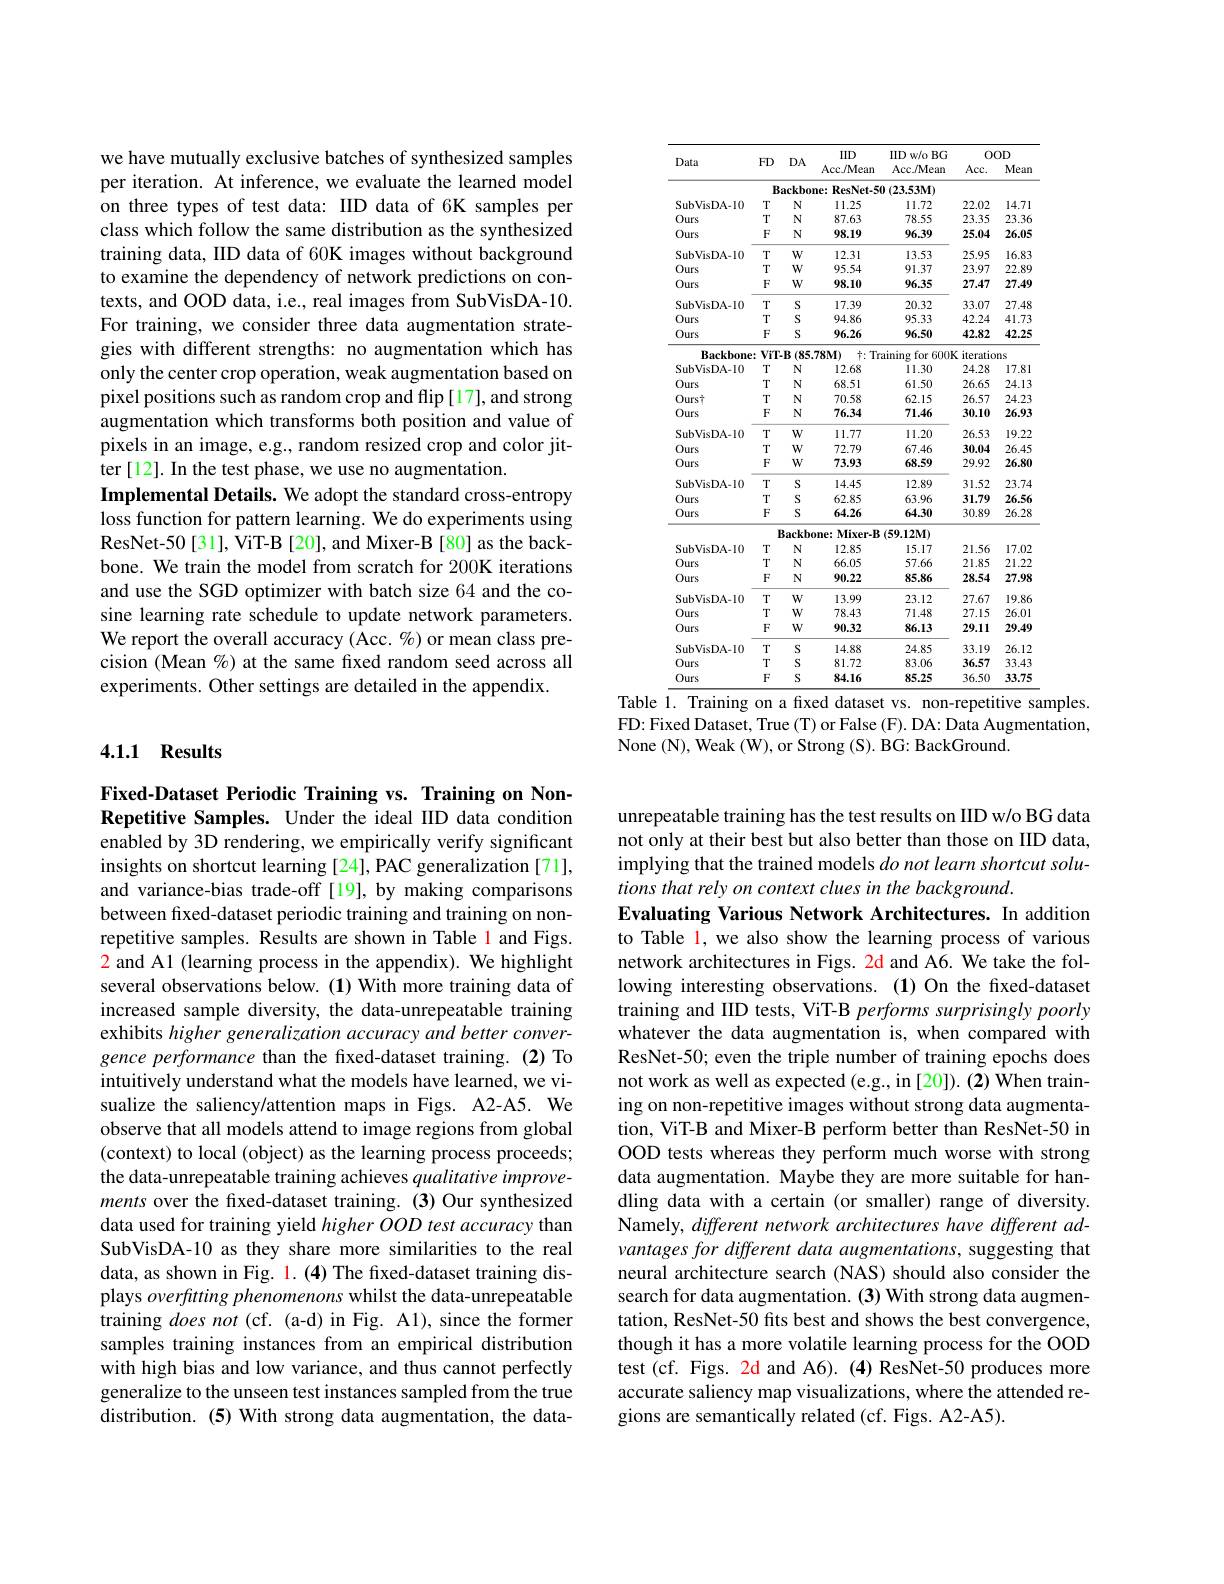
we have mutually exclusive batches of synthesized samples per iteration. At inference, we evaluate the learned model on three types of test data: IID data of 6K samples per class which follow the same distribution as the synthesized training data, IID data of 60K images without background to examine the dependency of network predictions on contexts, and OOD data, i.e., real images from SubVisDA-10. For training, we consider three data augmentation strategies with different strengths: no augmentation which has only the center crop operation, weak augmentation based on pixel positions such as random crop and flip [17], and strong augmentation which transforms both position and value of pixels in an image, e.g., random resized crop and color jitter [12]. In the test phase, we use no augmentation.
Implemental Details. We adopt the standard cross-entropy loss function for pattern learning. We do experiments using ResNet-50[31], ViT-B[20], and Mixer-B[80] as the backbone. We train the model from scratch for 200K iterations and use the SGD optimizer with batch size 64 and the cosine learning rate schedule to update network parameters. We report the overall accuracy (Acc. %) or mean class precision (Mean %) at the same fixed random seed across all experiments. Other settings are detailed in the appendix.

## 4.1.1 Results

Fixed-Dataset Periodic Training vs. Training on NonRepetitive Samples. Under the ideal IID data condition enabled by 3D rendering, we empirically verify significant insights on shortcut learning [24], PAC generalization [71], and variance-bias trade-off [19], by making comparisons between fixed-dataset periodic training and training on nonrepetitive samples. Results are shown in Table l and Figs. 2 and A1 (learning process in the appendix). We highlight several observations below. (1) With more training data of increased sample diversity, the data-unrepeatable training exhibits higher generalization accuracy and better convergence performance than the fixed-dataset training.(2) To intuitively understand what the models have learned, we visualize the saliency/attention maps in Figs. A2-A5. We observe that all models attend to image regions from global (context) to local (object) as the learning process proceeds; the data-unrepeatable training achieves qualitative improvements over the fixed-dataset training.(3)Our synthesized data used for training yield higher OOD test accuracy than SubVisDA-10 as they share more similarities to the real data, as shown in Fig. $\color{red}1.(4)$ The fixed-dataset training displays overftting phenomenons whilst the data-unrepeatable training does not (cf. (a-d) in Fig. A1), since the former samples training instances from an empirical distribution with high bias and low variance, and thus cannot perfectly generalize to the unseen test instances sampled from the true distribution. (5) With strong data augmentation, the data-

<table>
	<tbody>
		<tr>
			<th rowspan="2">Data</th>
			<th rowspan="2">$FD$</th>
			<th rowspan="2">$DA$</th>
			<th rowspan="2">IID Acc/Mean</th>
			<th rowspan="2">$IID$ w/o BG Acc $J$Mean</th>
			<th colspan="2">$00D$</th>
		</tr>
		<tr>
			<th>$Acc.$</th>
			<th>Mean</th>
		</tr>
		<tr>
			<td> </td>
			<td>B</td>
			<td>ackbo</td>
			<td>ne: $ResNet-5$</td>
			<td>$)\left(23.53\mathbf{M}\right)$</td>
			<td> </td>
			<td> </td>
		</tr>
		<tr>
			<td>SubVisDA-10</td>
			<td>$T$</td>
			<td>N</td>
			<td>11.25</td>
			<td>11.72</td>
			<td>22.02</td>
			<td>14.71</td>
		</tr>
		<tr>
			<td>Ours</td>
			<td>$T$</td>
			<td>N</td>
			<td>87.63</td>
			<td>78.55</td>
			<td>23.35</td>
			<td>23.36</td>
		</tr>
		<tr>
			<td>Ours</td>
			<td>$F$</td>
			<td>N</td>
			<td>98.19</td>
			<td>96.39</td>
			<td>25.04</td>
			<td>26.05</td>
		</tr>
		<tr>
			<td>SubVisDA-10</td>
			<td>$T$</td>
			<td>$W$</td>
			<td>12.31</td>
			<td>13.53</td>
			<td>25.95</td>
			<td>16.83</td>
		</tr>
		<tr>
			<td>Ours</td>
			<td>$T$</td>
			<td>$W$</td>
			<td>95.54</td>
			<td>91.37</td>
			<td>23.97</td>
			<td>22.89</td>
		</tr>
		<tr>
			<td>Ours</td>
			<td>$F$</td>
			<td>$W$</td>
			<td>98.10</td>
			<td>96.35</td>
			<td>27.47</td>
			<td>27.49</td>
		</tr>
		<tr>
			<td>SubVisDA-10</td>
			<td>$T$</td>
			<td>S</td>
			<td>17.39</td>
			<td>20.32</td>
			<td>33.07</td>
			<td>27.48</td>
		</tr>
		<tr>
			<td>Ours</td>
			<td>$T$</td>
			<td>S</td>
			<td>94.86</td>
			<td>95.33</td>
			<td>42.24</td>
			<td>41.73</td>
		</tr>
		<tr>
			<td>Ours</td>
			<td>$F$</td>
			<td>S</td>
			<td>96.26</td>
			<td>96.50</td>
			<td>42.82</td>
			<td>42.25</td>
		</tr>
		<tr>
			<td>Backbone</td>
			<td>ViTF</td>
			<td>B :(85</td>
			<td>$78M)$ $\dagger:$Tr</td>
			<td>aining for $600F$</td>
			<td>iteratio</td>
			<td>ns</td>
		</tr>
		<tr>
			<td>SubVisDA-10</td>
			<td>$T$</td>
			<td>N</td>
			<td>12.68</td>
			<td>11.30</td>
			<td>24.28</td>
			<td>17.81</td>
		</tr>
		<tr>
			<td>Ours</td>
			<td>$T$</td>
			<td>N</td>
			<td>68.51</td>
			<td>61.50</td>
			<td>26.65</td>
			<td>24.13</td>
		</tr>
		<tr>
			<td>Ourst</td>
			<td>$T$</td>
			<td>N</td>
			<td>70.58</td>
			<td>62.15</td>
			<td>26.57</td>
			<td>24.23</td>
		</tr>
		<tr>
			<td>Ours</td>
			<td>$F$</td>
			<td>N</td>
			<td>76.34</td>
			<td>71.46</td>
			<td>30.10</td>
			<td>26.93</td>
		</tr>
		<tr>
			<td>SubVisDA-10</td>
			<td>$T$</td>
			<td>$W$</td>
			<td>11.77</td>
			<td>11.20</td>
			<td>26.53</td>
			<td>19.22</td>
		</tr>
		<tr>
			<td>Ours</td>
			<td>$T$</td>
			<td>$W$</td>
			<td>72.79</td>
			<td>67.46</td>
			<td>30.04</td>
			<td>26.45</td>
		</tr>
		<tr>
			<td>Ours</td>
			<td>$F$</td>
			<td>$W$</td>
			<td>73.93</td>
			<td>68.59</td>
			<td>29.92</td>
			<td>26.80</td>
		</tr>
		<tr>
			<td>SubVisDA-10</td>
			<td>$T$</td>
			<td>S</td>
			<td>14.45</td>
			<td>12.89</td>
			<td>31.52</td>
			<td>23.74</td>
		</tr>
		<tr>
			<td>Ours</td>
			<td>$T$</td>
			<td>S</td>
			<td>62.85</td>
			<td>63.96</td>
			<td>31.79</td>
			<td>26.56</td>
		</tr>
		<tr>
			<td>Ours</td>
			<td>$F$</td>
			<td>S</td>
			<td>64.26</td>
			<td>64.30</td>
			<td>30.89</td>
			<td>26.28</td>
		</tr>
		<tr>
			<td> </td>
			<td>$I$</td>
			<td>$3ackb$</td>
			<td>$\mathbf{Mixer-B}$ $)ne:$</td>
			<td>$(59.12M)$</td>
			<td> </td>
			<td> </td>
		</tr>
		<tr>
			<td>SubVisDA-10</td>
			<td>$T$</td>
			<td>N</td>
			<td>12.85</td>
			<td>15.17</td>
			<td>21.56</td>
			<td>17.02</td>
		</tr>
		<tr>
			<td>Ours</td>
			<td>$T$</td>
			<td>N</td>
			<td>66.05</td>
			<td>57.66</td>
			<td>21.85</td>
			<td>21.22</td>
		</tr>
		<tr>
			<td>Ours</td>
			<td>$F$</td>
			<td>N</td>
			<td>90.22</td>
			<td>85.86</td>
			<td>28.54</td>
			<td>27.98</td>
		</tr>
		<tr>
			<td>SubVisDA-10</td>
			<td>$T$</td>
			<td>$W$</td>
			<td>13.99</td>
			<td>23.12</td>
			<td>27.67</td>
			<td>19.86</td>
		</tr>
		<tr>
			<td>Ours</td>
			<td>$T$</td>
			<td>$W$</td>
			<td>78.43</td>
			<td>71.48</td>
			<td>27.15</td>
			<td>26.01</td>
		</tr>
		<tr>
			<td>Ours</td>
			<td>$F$</td>
			<td>$W$</td>
			<td>90.32</td>
			<td>86.13</td>
			<td>29.11</td>
			<td>29.49</td>
		</tr>
		<tr>
			<td>$SubVisDA-10$</td>
			<td>$T$</td>
			<td>S</td>
			<td>14.88</td>
			<td>24.85</td>
			<td>33.19</td>
			<td>26.12</td>
		</tr>
		<tr>
			<td>Ours</td>
			<td>$T$</td>
			<td>S</td>
			<td>81.72</td>
			<td>83.06</td>
			<td>36.57</td>
			<td>33.43</td>
		</tr>
		<tr>
			<td>Ours</td>
			<td>$F$</td>
			<td>S</td>
			<td>84.16</td>
			<td>85.25</td>
			<td>36.50</td>
			<td>33.75</td>
		</tr>
	</tbody>
</table>
Table 1. Training on a fixed dataset vs. non-repetitive samples

FD: Fixed Dataset, True (T) or False (F). DA: Data Augmentation,
None (N), Weak (W), or Strong (S). BG: BackGround.

unrepeatable training has the test results on IID w/o BG data not only at their best but also better than those on IID data, implying that the trained models do not learn shortcut solutions that rely on context clues in the background.
Evaluating Various Network Architectures. In addition to Table l, we also show the learning process of various network architectures in Figs. 2d and A6. We take the following interesting observations.(1)On the fixed-dataset training and IID tests, ViT-B performs surprisingly poorly whatever the data augmentation is, when compared with ResNet-50; even the triple number of training epochs does not work as well as expected (e.g., in [20]). (2) When training on non-repetitive images without strong data augmentation, ViT-B and Mixer-B perform better than ResNet-50 in OOD tests whereas they perform much worse with strong data augmentation. Maybe they are more suitable for handling data with a certain (or smaller) range of diversity. Namely, different network architectures have different advantages for different data augmentations, suggesting that neural architecture search (NAS) should also consider the search for data augmentation. (3) With strong data augmentation, ResNet-50 fits best and shows the best convergence, though it has a more volatile learning process for the OOD test (cf. Figs. 2d and A6). (4) ResNet-50 produces more accurate saliency map visualizations, where the attended regions are semantically related (cf. Figs. A2-A5).